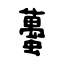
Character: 蠆